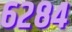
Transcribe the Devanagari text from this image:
६२८४